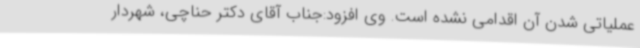
عملیاتی شدن آن اقدامی نشده است. وی افزود:جناب آقای دکتر حناچی، شهردار